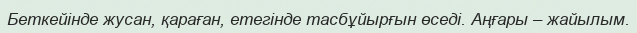
Беткейінде жусан, қараған, етегінде тасбұйырғын өседі. Аңғары – жайылым.